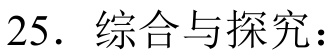
25. 综合与探究：